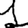
Digit: 1